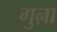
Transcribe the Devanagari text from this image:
गुऩा